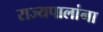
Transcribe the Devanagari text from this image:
राज्यपालांना